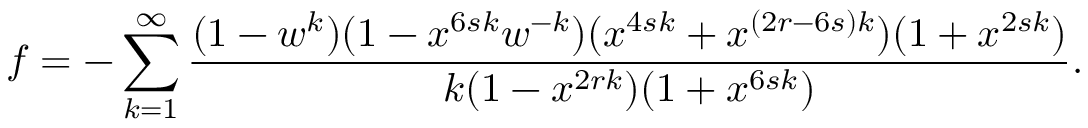
f = - \sum _ { k = 1 } ^ { \infty } \frac { ( 1 - w ^ { k } ) ( 1 - x ^ { 6 s k } w ^ { - k } ) ( x ^ { 4 s k } + x ^ { ( 2 r - 6 s ) k } ) ( 1 + x ^ { 2 s k } ) } { k ( 1 - x ^ { 2 r k } ) ( 1 + x ^ { 6 s k } ) } .